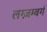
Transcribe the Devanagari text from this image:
लग्ज़म्बर्ग